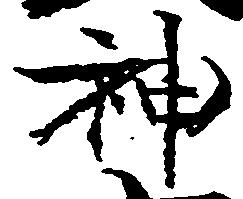
神